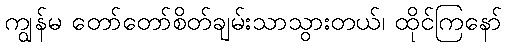
ကျွန်မ တော်တော်စိတ်ချမ်းသာသွားတယ်၊ ထိုင်ကြနော်